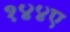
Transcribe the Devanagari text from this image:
१४४ए